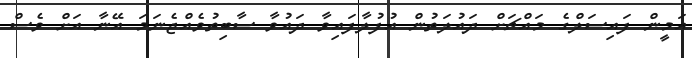
އަމީން ފައިސަލްގެ މައްޗަށް ދައުލަތުން އުފުލާފައިވާ ދައުވާ ސާބިތުވެއްޖެނަމަ އޭނާ އަށް ވެސް